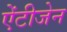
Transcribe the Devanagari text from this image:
ऐंटीजेन